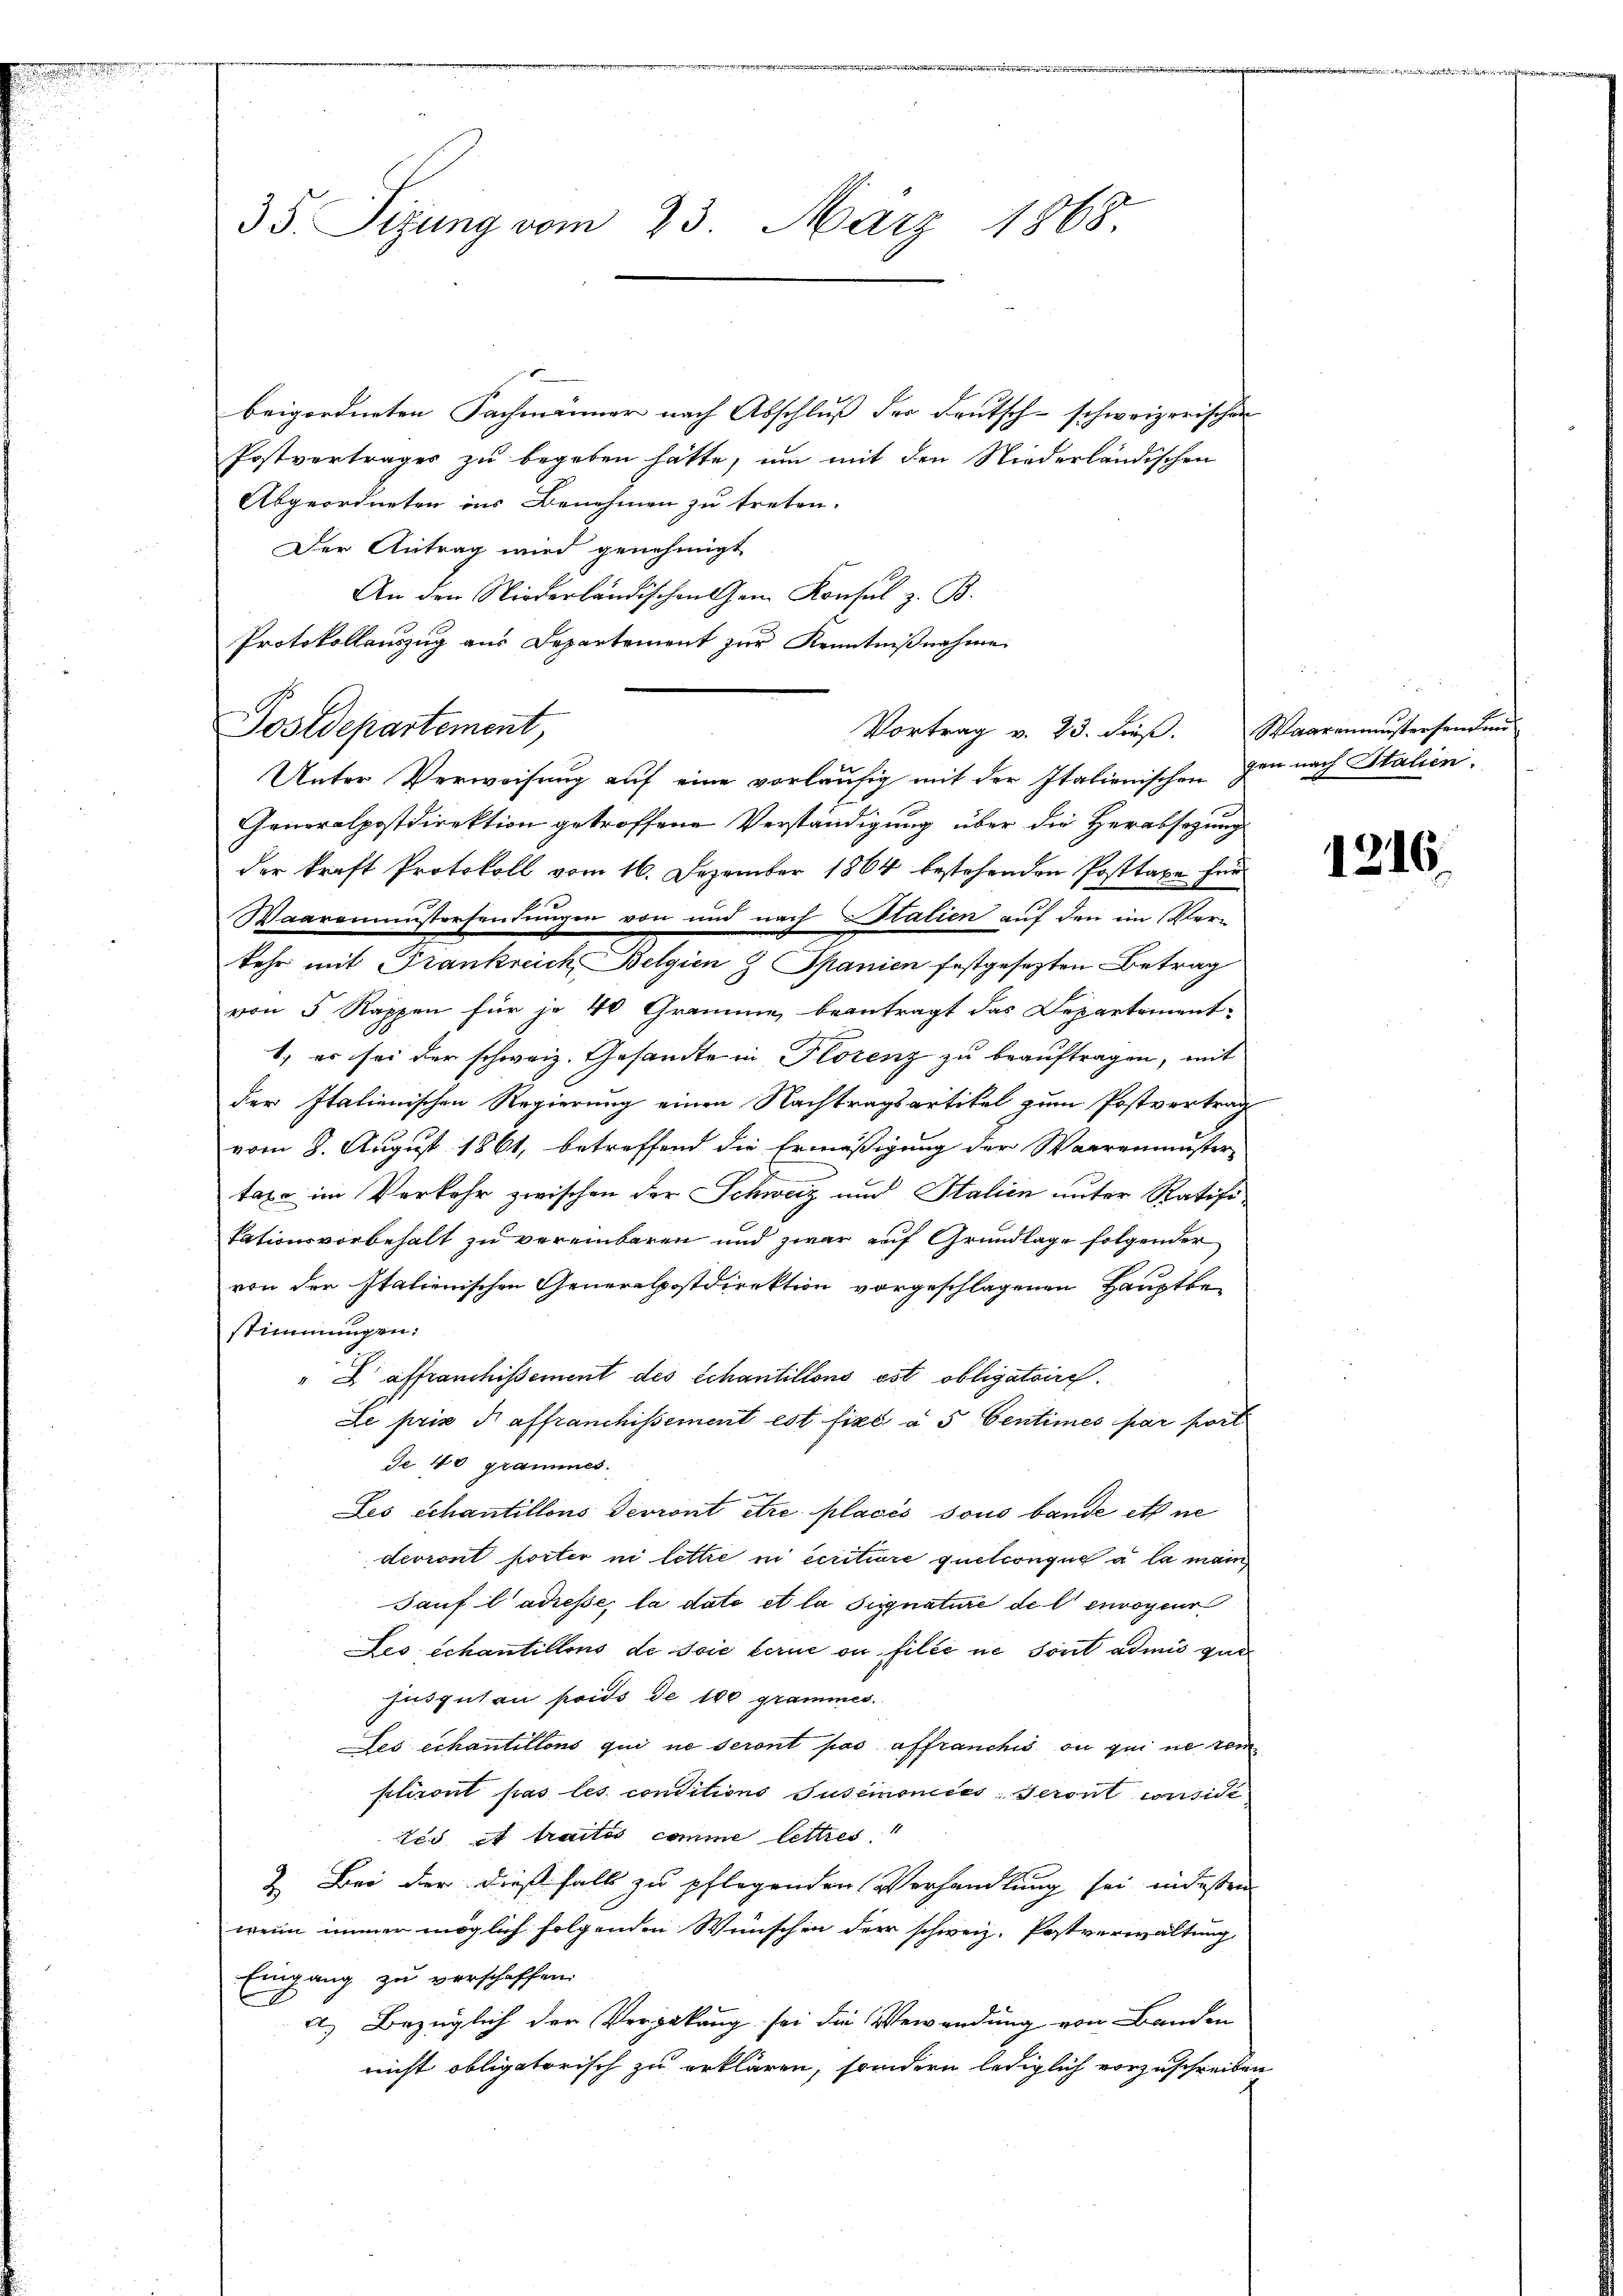
35. Sizung vom 23. März 1868

beigordneten Fachmänner nach Abschluss der Deutsch-schweizerischen
Postvertrages zu begeben hätte, um mit den Niederländischen
Abgeordneten ins Benehmen zu treten.
Der Antrag wird genehmigt
An den Niederländischen Gem. Konsul z. B.
Protokollauszug aus Departement zur Kenntnißnahme
Postdepartement,
Unter Verweisung auf eine vorläufig mit der Italienischen gen nach Italien¬
Generalpostdirektion getroffene Verständigung über die Herabsetzung
der kraft Protokoll vom 16. Dezember 1864 bestehenden Posttaxe für
Waaremustersendungen von und nach Stalien auf den im Verkehr mit Frankreich Belgien & Spanien festgesezten Betrag
von 5 Rappen für je 40 Gramme beantragt das Departement-
1. es sei der schweiz. Gesandte in Plorenz zu beauftragen, mit
der Italienischen Regierung einen Nachtragsartikel zum Postvertrag
vom 8. August 1861, betreffend die Ermäßigung der Waarenmuster-
taxe im Verkehr zwischen der Schweiz und Stalien unter Ratifitationsvorbehalt zu vereinbaren und zwar auf Grundlage folgender
von den Italienischen Generalpostdirektion vorgeschlagenen Hauptbestimmungen:
X affranchissement des Schantillons est obligatoire.
Le pris d affranchissement est fixé à 5 Centimes par port
Je 40 grammes.
Les échantillons devront être placés sous bande etc ne
devront porter in lettre in critiere quelconque à la main
Sauf ladiese la dato et la signature de l'envogen
Les schantillons de soie ferne ou filée ne sont admis gut
husguten fonds de 100 grammes.
Les échantillons qui ne seront pas affranchis ou qui ne ren
pliront pas les conditions Tusemnoncés, seront considé
tes, et traités comme lettres
2. Bei der dießfalls zu pflegenden Verhandlung sei in dessen
wenn immer möglich folgenden Wünschen der schweiz. Postverwaltung
Eingang zu verschaffen.
a) Bezüglich der Vergabung sei die Verwendung von Banden
nicht obligatorisch zu erklären, sondern lediglich vorzuschreibe.

Vortrag v. 23. dieß.

Waarenanstersen and

1216.